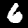
Label: 6